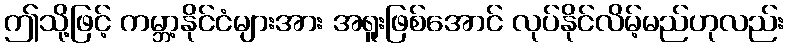
ဤသို့ဖြင့် ကမ္ဘာ့နိုင်ငံများအား အရူးဖြစ်အောင် လုပ်နိုင်လိမ့်မည်ဟုလည်း